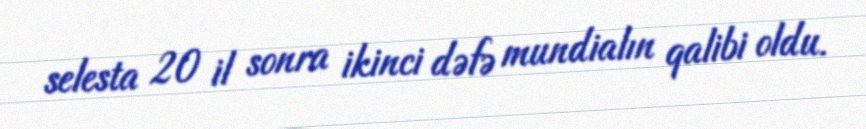
selesta 20 il sonra ikinci dəfə mundialın qalibi oldu.